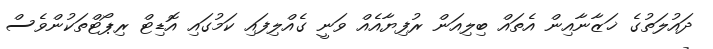
ދައުލަތުގެ ޚަޒާނާއިން އެތައް ބިލިއަން ރުފިޔާއެއް ވަނީ ގެއްލިފައި ކަމުގައި އޮޑިޓް ރިޕޯޓްތަކުންވެސް